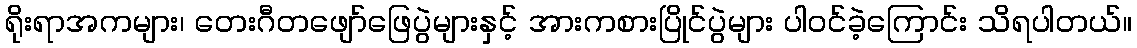
ရိုးရာအကများ၊ တေးဂီတဖျော်ဖြေပွဲများနှင့် အားကစားပြိုင်ပွဲများ ပါဝင်ခဲ့ကြောင်း သိရပါတယ်။